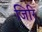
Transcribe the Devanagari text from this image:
जिरि